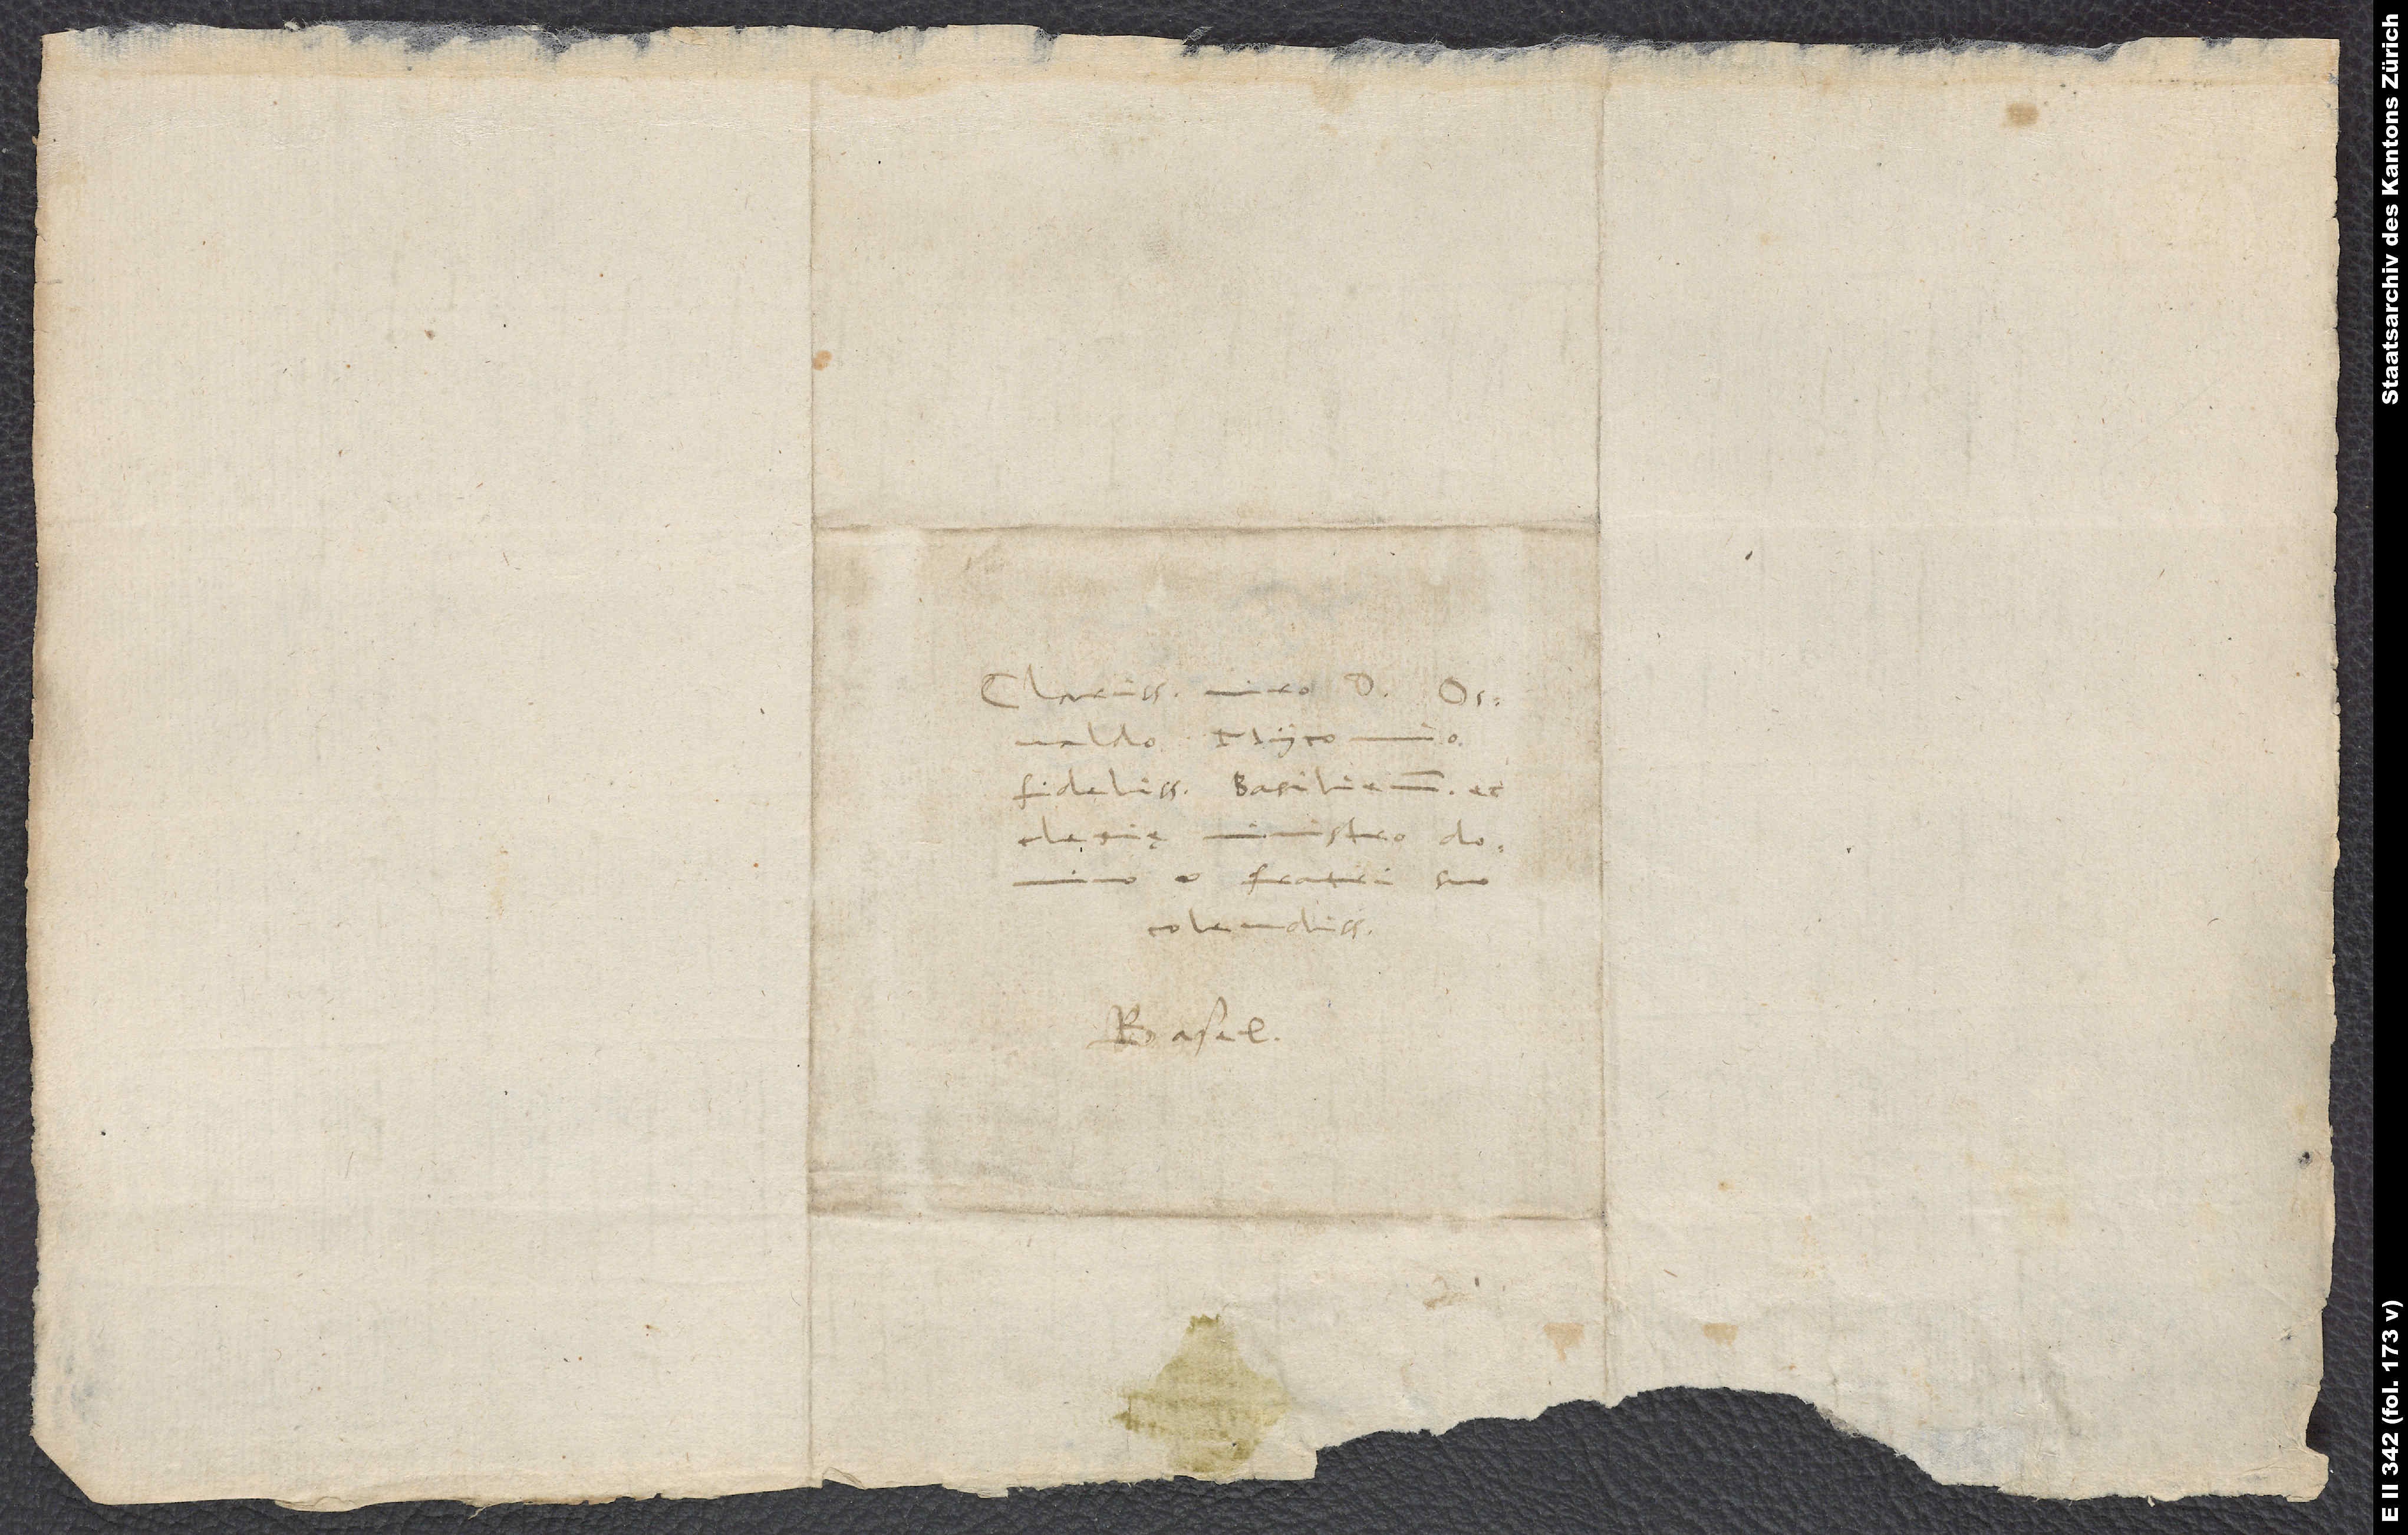
Clarissimo viro d.
Osvaldo Myconio,
fidelissimo Basiliensis
ministro, domino
et fratri suo
colendissimo.
Basel.